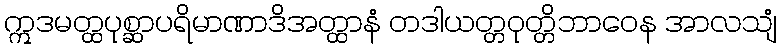
ဣဒမတ္ထပုစ္ဆာပရိမာဏာဒိအတ္ထာနံ တဒါယတ္တဝုတ္တိဘာဝေန အာလသျံ